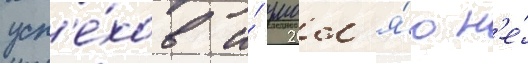
усп'е́хов и́ умол'я́ю н'е́